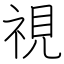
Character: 視